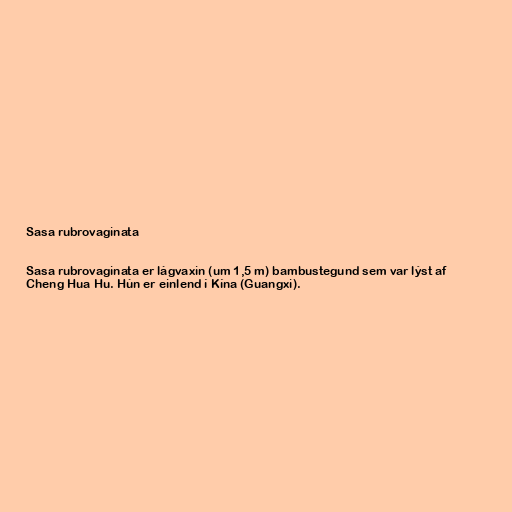
Sasa rubrovaginata

Sasa rubrovaginata er lágvaxin (um 1,5 m) bambustegund sem var lýst af
Cheng Hua Hu. Hún er einlend í Kína (Guangxi).